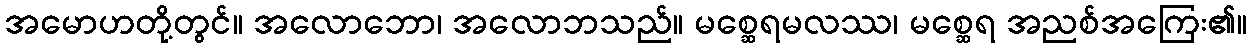
အမောဟတို့တွင်။ အလောဘော၊ အလောဘသည်။ မစ္ဆေရမလဿ၊ မစ္ဆေရ အညစ်အကြေး၏။